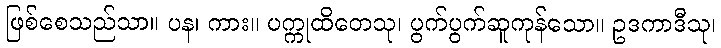
ဖြစ်စေသည်သာ။ ပန၊ ကား။ ပက္ကုထိတေသု၊ ပွက်ပွက်ဆူကုန်သော။ ဥဒကာဒီသု၊